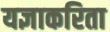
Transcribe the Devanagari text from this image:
यज्ञाकरिता